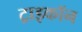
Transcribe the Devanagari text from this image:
ट्राइकॉन